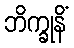
ဘိက္ခုနိံ